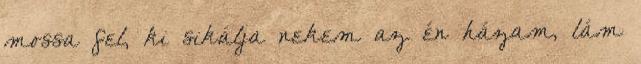
mossa fel, ki sikálja nekem az én házam, lám